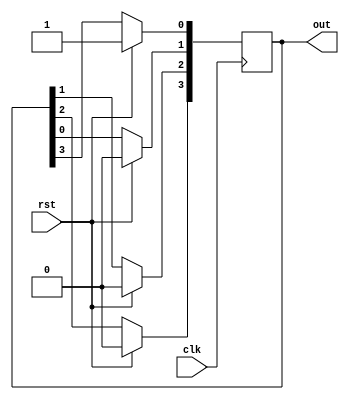
`timescale 1ns / 1ps

module inv(
    input clk, rst, 
    output reg [3:0] out);
    
    initial out[0]= 4'b0001;
    
always @(posedge clk)
begin
    if( rst == 1 ) out = 4'b0001;
    else
    begin
        out[3] <= out[2];
        out[2] <= out[1];
        out[1] <= out[0];
        out[0] <= out[3];
     end
end
endmodule